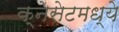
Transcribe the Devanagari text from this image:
क्नेसेटमध्ये